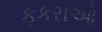
ફકરાઓ